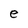
Character: e